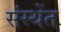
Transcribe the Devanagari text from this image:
संस्थेंत